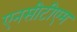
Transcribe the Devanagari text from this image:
एनसीटीएम